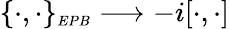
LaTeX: \{ \cdot,\cdot\} _{\scriptscriptstyle EPB}\longrightarrow-i[\cdot,\cdot]